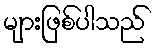
များဖြစ်ပါသည်